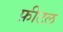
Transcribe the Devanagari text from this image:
फ़ीटल